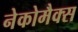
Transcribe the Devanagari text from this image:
नेकोमैक्स